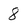
Character: 8